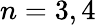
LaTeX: n=3,4